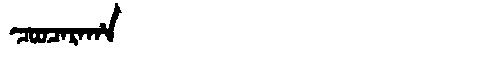
Manchu: ᠴᠣᠣᠴᠠᡵᠠᡥᠠ
Romanization: COOCARAHA